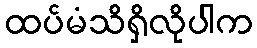
ထပ်မံသိရှိလိုပါက